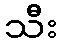
သီး